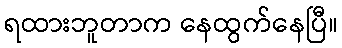
ရထားဘူတာက နေထွက်နေပြီ။